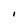
Character: I